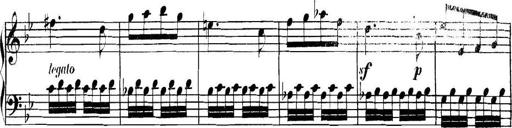
Title: Collected Piano Sonatas
Composer: Muzio Clementi